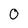
Character: 0